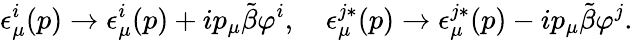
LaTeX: \epsilon_{\mu}^{i}(p)\rightarrow\epsilon_{\mu}^{i}(p)+ip_{\mu}\tilde{\beta}\varphi^{i},\quad\epsilon_{\mu}^{j*}(p)\rightarrow\epsilon_{\mu}^{j*}(p)-ip_{\mu}\tilde{\beta}\varphi^{j}.